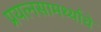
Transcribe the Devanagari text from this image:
प्रयत्‍नसामर्थ्याचे